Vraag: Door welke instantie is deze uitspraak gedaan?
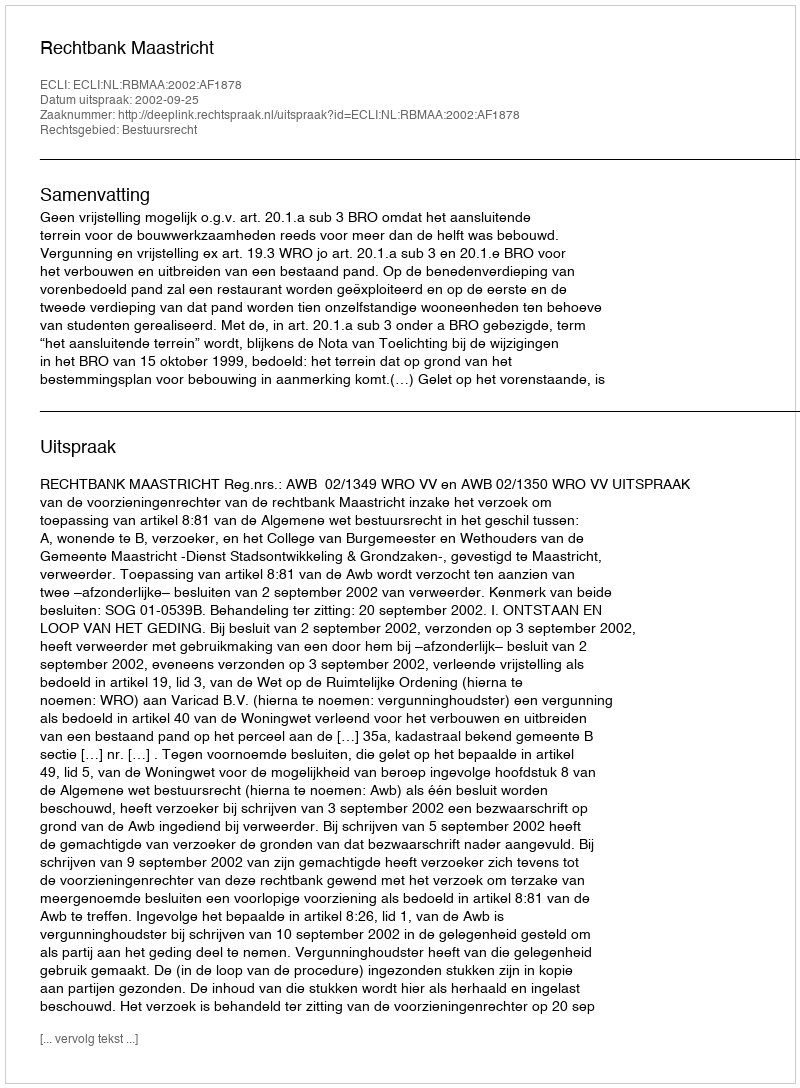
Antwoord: Rechtbank Maastricht